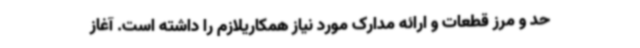
حد و مرز قطعات و ارائه مدارک مورد نیاز همکاریلازم را داشته است. آغاز